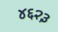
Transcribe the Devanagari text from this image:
४६२३